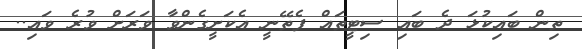
ތިން ބައިކުޅަ ދެ ބައި ސިޓީތައް ފެތޭނީ އެކަށީގެންވާ ވަރަށް ވުރެ ވައި..